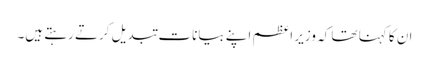
ان کا کہنا تھا کہ وزیر اعظم اپنے بیانات تبدیل کرتے رہتے ہیں۔